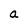
Character: a